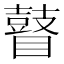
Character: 瞽